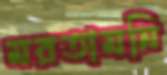
মরতামনি